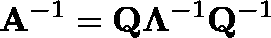
\mathbf { A } ^ { - 1 } = \mathbf { Q } \mathbf { \Lambda } ^ { - 1 } \mathbf { Q } ^ { - 1 }